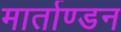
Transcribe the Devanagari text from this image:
मार्ताण्डन